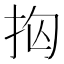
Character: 𭠝